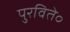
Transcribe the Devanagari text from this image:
पुरविते॰